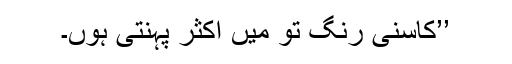
’’کاسنی رنگ تو میں اکثر پہنتی ہوں۔